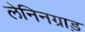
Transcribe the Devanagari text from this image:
लेनिनग्राड़